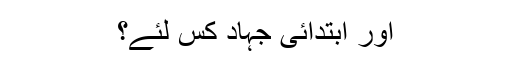
اور ابتدائی جہاد کس لئے؟